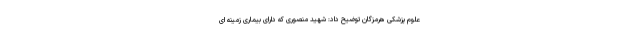
علوم پزشکی هرمزگان توضیح داد: شهید منصوری که دارای بیماری زمینه ای